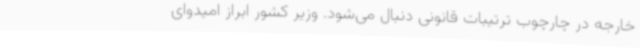
خارجه در چارچوب ترتیبات قانونی دنبال می‌شود. وزیر کشور ابراز امیدوای